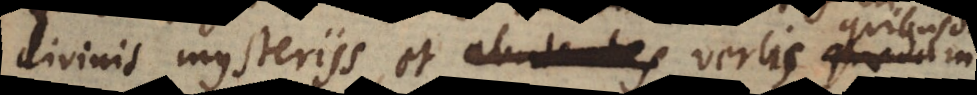
divinis mysteriis et abutentes verbo quodam